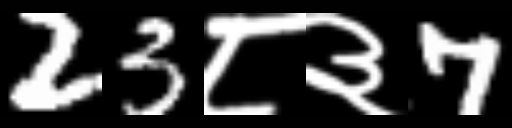
Text: 23८३7